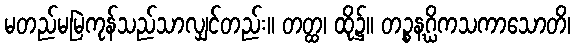
မတည်မမြဲကုန်သည်သာလျှင်တည်း။ တတ္ထ၊ ထို၌။ တဉ္စနဂ္ဃိကသကာသောတိ၊